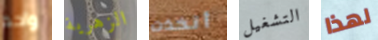
واحد الزهرية أتخذت التشغيل لهذا